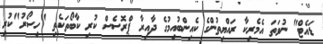
ޑައެޓް" ނުވަތަ އެމެރިކާ ރައްޔިތުންގެ ކެއިންބުއިމުގެ ދާއިރާ ޕްރޮސެސް ކުރި ކާބޯތަކެތި "ހިސޯރު"ކުރި